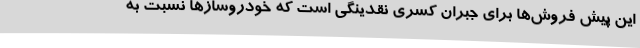
این پیش فروش‌ها برای جبران کسری نقدینگی است که خودروسازها نسبت به